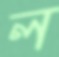
ল